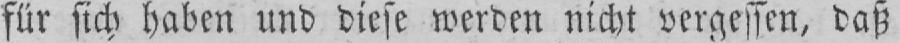
für sich haben und diese werden nicht vergessen, daß